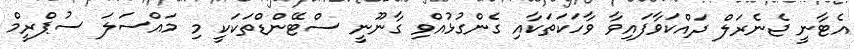
އެޓާނީ ޖެނެރަލް ދައްކަވާފައިވާ ވާހަކަތަކާއި ގެންގުޅުއްވި ގާނޫނީ ސްޓޭންޑްތަކަކީ މި މައްސަލަ ސުޕްރީމް